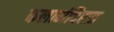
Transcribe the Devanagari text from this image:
कलामंदिरात